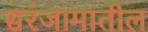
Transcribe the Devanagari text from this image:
सरंजामातील